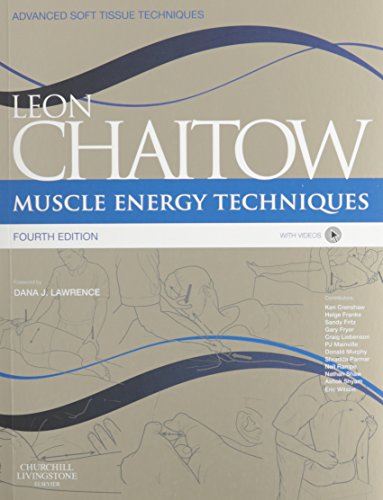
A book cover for Muscle Energy Techniques: with access to www.chaitowmuscleenergytechniques.com, 4e (Advanced Soft Tissue Techniques); Health, Fitness & Dieting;